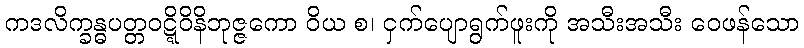
ကဒလိက္ခန္ဓပတ္တဝဋ္ဋိဝိနိဘုဇ္ဇကော ဝိယ စ၊ ငှက်ပျောရွက်ဖူးကို အသီးအသီး ဝေဖန်သော